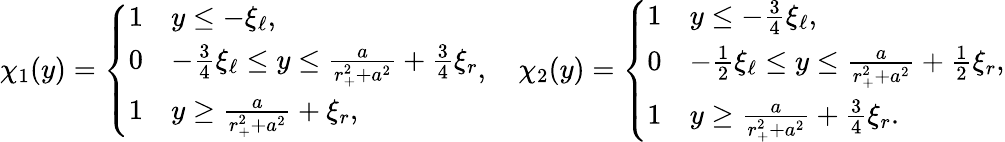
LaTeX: {\chi}_{1}(y)=\left\{ \begin{array}{ll}{1}&{y\leq-\xi_{\ell},}\\ {0}&{-\frac 34\xi_{\ell}\leq y\leq\frac{a}{r_{+}^{2}+a^{2}}+\frac{3}{4}\xi_{r}}\\ {1}&{y\geq\frac{a}{r_{+}^{2}+a^{2}}+\xi_{r},}\end{array}\right.,\quad{\chi}_{2}(y)=\left\{ \begin{array}{ll}{1}&{y\leq-\frac 34\xi_{\ell},}\\ {0}&{-\frac 12\xi_{\ell}\leq y\leq\frac{a}{r_{+}^{2}+a^{2}}+\frac{1}{2}\xi_{r},}\\ {1}&{y\geq\frac{a}{r_{+}^{2}+a^{2}}+\frac{3}{4}\xi_{r}.}\end{array}\right.